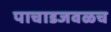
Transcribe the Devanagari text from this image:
पाचाडजवळच